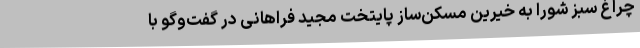
چراغ سبز شورا به خیرین مسکن‌ساز پایتخت مجید فراهانی در گفت‌وگو با